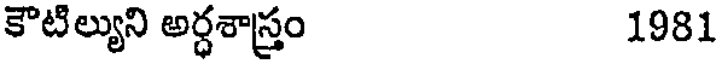
కౌటిల్యుని అర్ధశాస్త్రం 1981